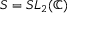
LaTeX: S = S L _ { 2 } ( \mathbb { C } )